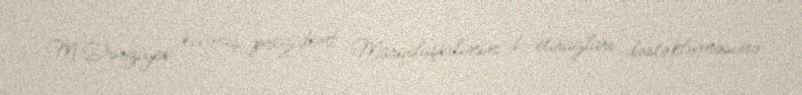
M.Dərziyev keçmiş prezident Marqelaşvilinin də etirazları dəstəkləməsinə